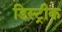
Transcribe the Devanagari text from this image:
डिस्ट्रीक